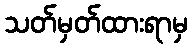
သတ်မှတ်ထားရာမှ